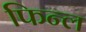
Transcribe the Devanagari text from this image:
फिन्ल